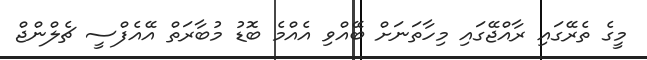
މީގެ ތެރޭގައި ރާއްޖޭގައި މިހާތަނަށް ބޭއްވި އެއްމެ ބޮޑު މުބާރަތް އޭއެފްސީ ޗެލްންޖް